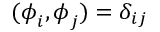
( \boldsymbol { \phi } _ { i } , \boldsymbol { \phi } _ { j } ) = \delta _ { i j }